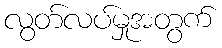
လွတ်လပ်မှုအတွက်